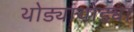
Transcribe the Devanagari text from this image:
थोड्याथोड्या